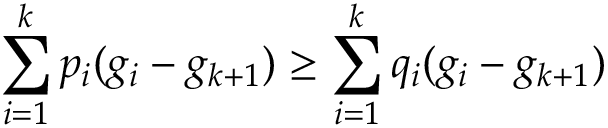
\sum _ { i = 1 } ^ { k } p _ { i } ( g _ { i } - g _ { k + 1 } ) \geq \sum _ { i = 1 } ^ { k } q _ { i } ( g _ { i } - g _ { k + 1 } )